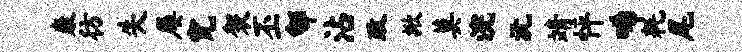
康彷失屡究袈丕郇沾政掀莫浣沅靖怦唏耗尾